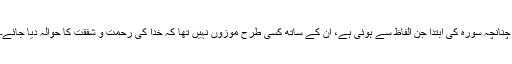
چنانچہ سورہ کی ابتدا جن الفاظ سے ہوئی ہے، اُن کے ساتھ کسی طرح موزوں نہیں تھا کہ خدا کی رحمت و شفقت کا حوالہ دیا جائے۔